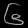
Digit: ၆